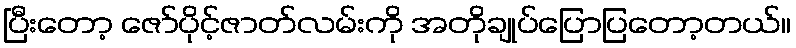
ပြီးတော့ ဇော်ပိုင့်ဇာတ်လမ်းကို အတိုချုပ်ပြောပြတော့တယ်။